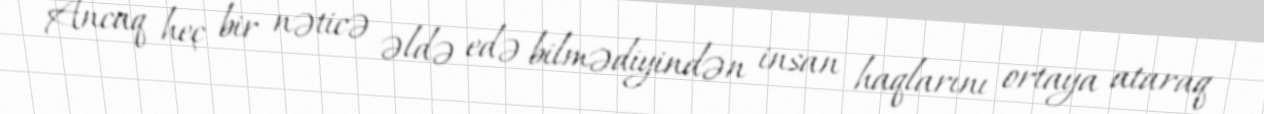
Ancaq heç bir nəticə əldə edə bilmədiyindən insan haqlarını ortaya ataraq